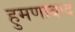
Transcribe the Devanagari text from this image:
हुमणाबाद